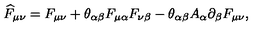
\widehat { F } _ { \mu \nu } = F _ { \mu \nu } + \theta _ { \alpha \beta } F _ { \mu \alpha } F _ { \nu \beta } - \theta _ { \alpha \beta } A _ { \alpha } \partial _ { \beta } F _ { \mu \nu } ,